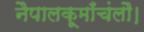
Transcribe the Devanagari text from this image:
नैपालकूमाँचंलौ।